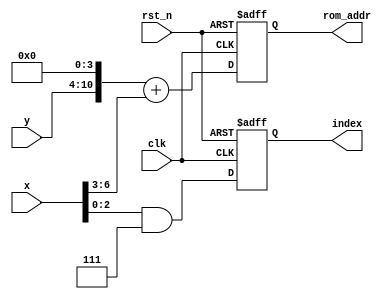
module task2_module
(
    input clk,
    input rst_n,
    input [6:0] x,
    input [6:0] y,
    output reg [10:0] rom_addr,
    output reg [2:0] index
);
    
    
    always @(posedge clk or negedge rst_n)
    begin
        if(~rst_n)
        begin
            rom_addr <= 11'd0;
            index <= 3'd0;
        end
        else
        begin
            rom_addr <= ((y << 4) + (x >> 3));
            index <= x & 3'b111;
        end
    end
    
    
endmodule